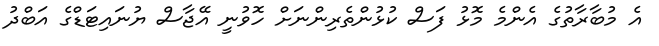
އެ މުބާރާތުގެ އެންމެ މޮޅު ފަސް ކުޅުންތެރިންނަށް ހޮވުނީ އޭޖާސް ޔުނައިޓަޑްގެ އަބްދު